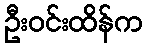
ဦးဝင်းထိန်က